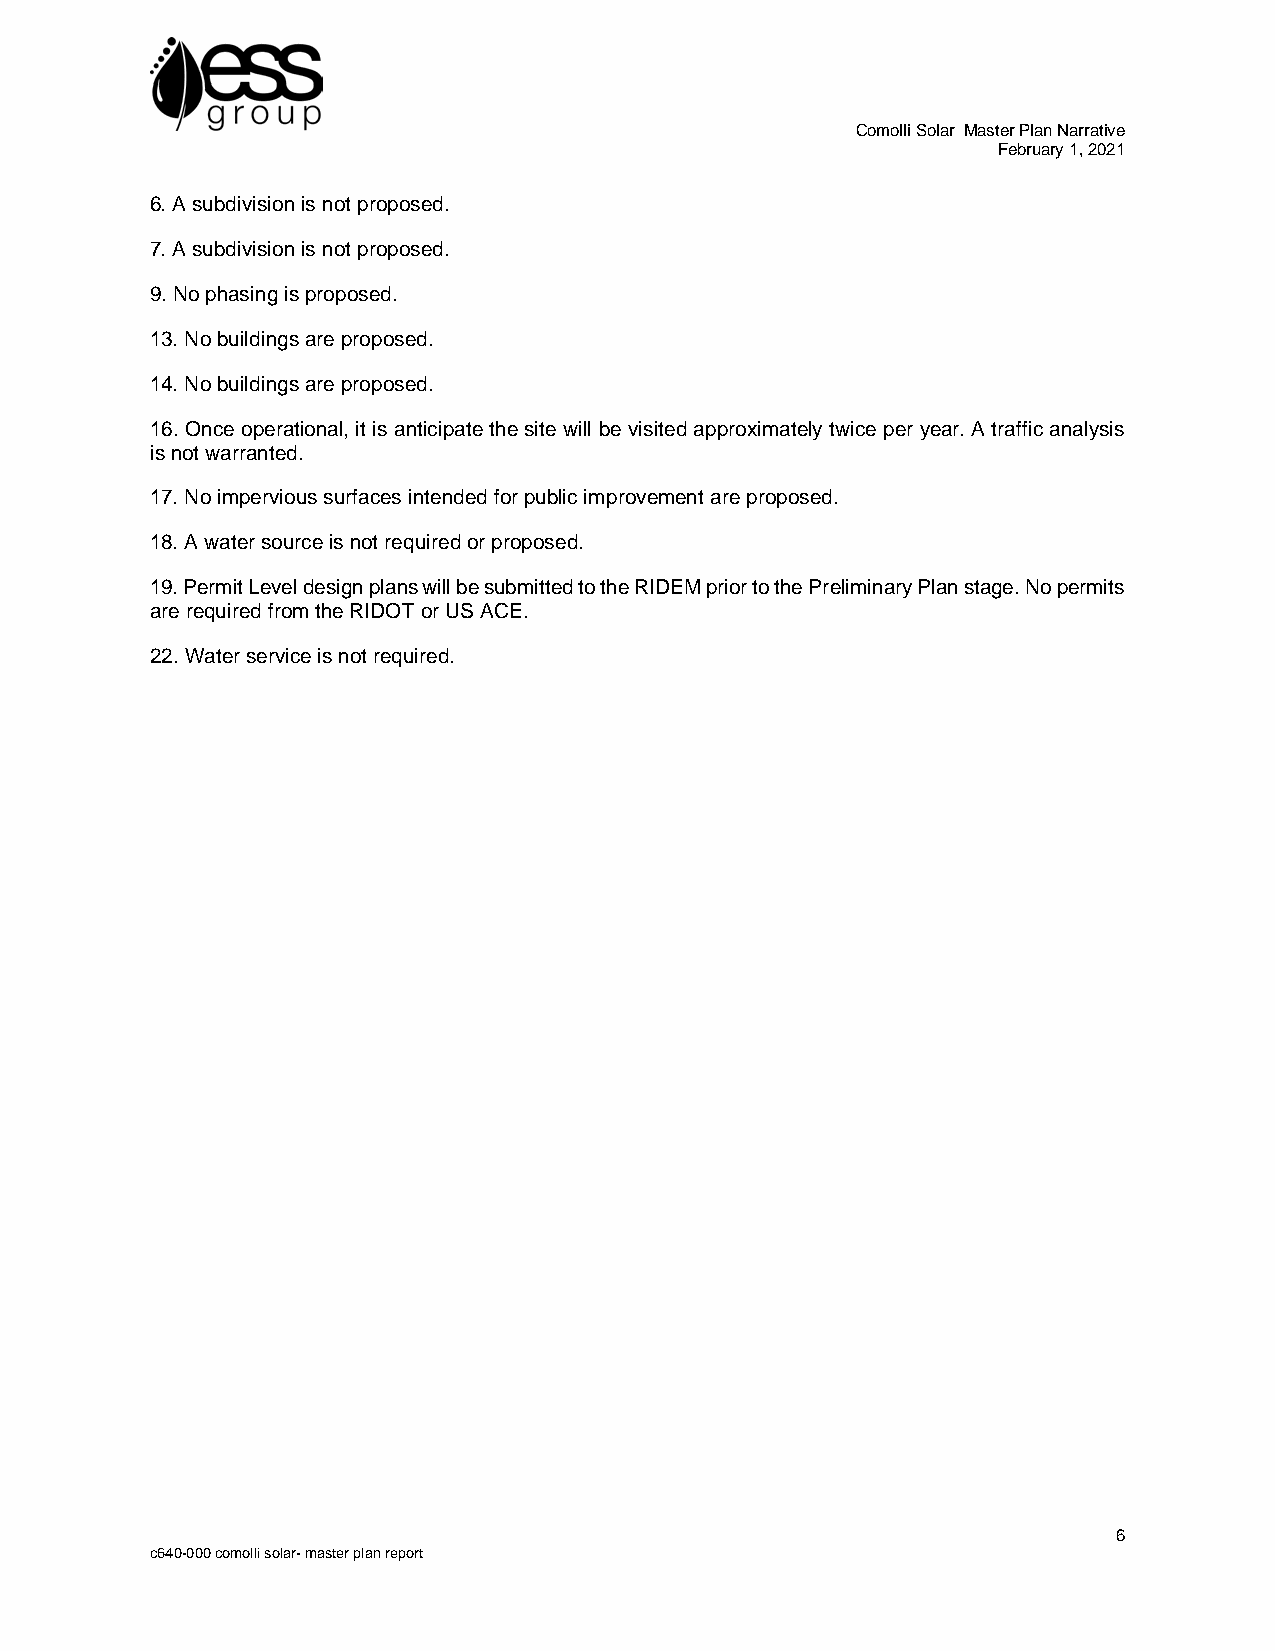
Comolli Solar Master Plan Narrative
 February 1, 2021
 6. A subdivision is not proposed.
 7. A subdivision is not proposed.
 9. No phasing is proposed.
 13. No buildings are proposed.
 14. No buildings are proposed.
 16. Once operational, it is anticipate the site will be visited approximately twice per year. A traffic analysis
 is not warranted.
 17. No impervious surfaces intended for public improvement are proposed.
 18. A water source is not required or proposed.
 19. Permit Level design plans will be submitted to the RIDEM prior to the Preliminary Plan stage. No permits
 are required from the RIDOT or US ACE.
 22. Water service is not required.
 6
 c640-000 comolli solar- master plan report